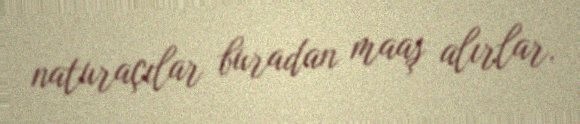
naturaçılar buradan maaş alırlar.